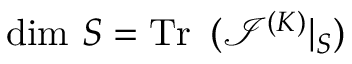
\mathrm { d i m } \ S = \mathrm { T r \thinspace ~ } ( { \mathcal I } ^ { ( K ) } | _ { S } )